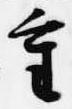
重